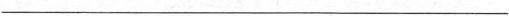
___